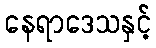
နေရာဒေသနှင့်